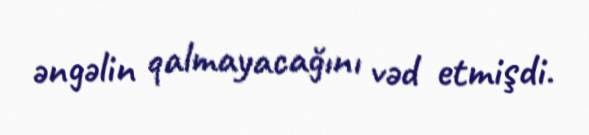
əngəlin qalmayacağını vəd etmişdi.